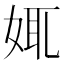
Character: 𡜯